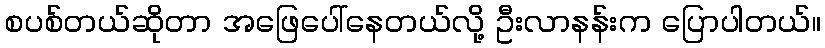
စပစ်တယ်ဆိုတာ အဖြေပေါ်နေတယ်လို့ ဦးလာနန်းက ပြောပါတယ်။